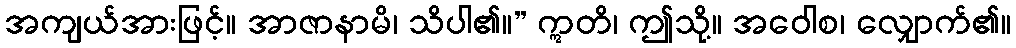
အကျယ်အားဖြင့်။ အာဇာနာမိ၊ သိပါ၏။” ဣတိ၊ ဤသို့။ အဝေါစ၊ လျှောက်၏။